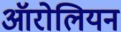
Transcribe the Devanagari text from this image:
ऑरोलियन